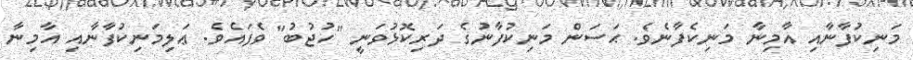
މަނިކުފާނާއި އާމިނާ މަނިކެފާނެވެ. ޙަސަން މަނިކުފާނުގެ ދަރިކޮޅުވަނީ "ހުޖުބު" ވެފައެވެ. ޢަލިމަނިކުފާނާއި އާމިނާ